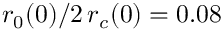
r _ { 0 } ( 0 ) / 2 \, r _ { c } ( 0 ) = 0 . 0 8